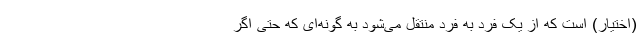
(اختیار) است که از یک فرد به فرد منتقل می‌شود به گونه‌ای که حتی اگر